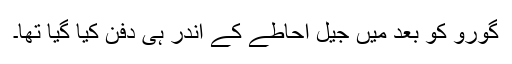
گورو کو بعد میں جیل احاطے کے اندر ہی دفن کیا گیا تھا۔